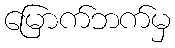
မြောက်ဘက်မှ